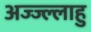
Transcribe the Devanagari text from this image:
अज्ज्ल्लाहु